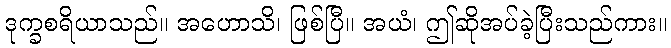
ဒုက္ခစရိယာသည်။ အဟောသိ၊ ဖြစ်ပြီ။ အယံ၊ ဤဆိုအပ်ခဲ့ပြီးသည်ကား။